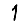
Digit: 1